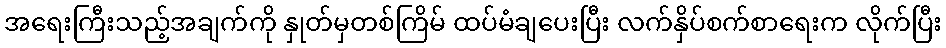
အရေးကြီးသည့်အချက်ကို နှုတ်မှတစ်ကြိမ် ထပ်မံချပေးပြီး လက်နှိပ်စက်စာရေးက လိုက်ပြီး